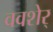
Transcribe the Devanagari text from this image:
ववशेर्